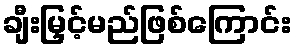
ချီးမြှင့်မည်ဖြစ်ကြောင်း